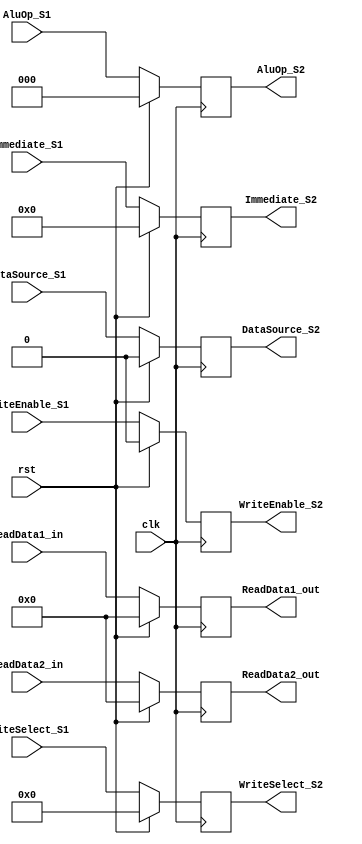
`timescale 1ns / 1ns
//////////////////////////////////////////////////////////////////////////////////
// Company: 
// Engineer: 
// 
// Design Name: 
// Module Name:    S2_Register 
// Project Name: 
// Target Devices: 
// Tool versions: 
// Description: 
//
// Dependencies: 
//
// Revision: 
// Revision 0.01 - File Created
// Additional Comments: 
//
//////////////////////////////////////////////////////////////////////////////////
module S2_Register(
   
	input clk, rst,
	input [31:0] ReadData1_in, ReadData2_in,
	input [15:0] Immediate_S1,
	input DataSource_S1, WriteEnable_S1,
	input [2:0] AluOp_S1,
	input [4:0] WriteSelect_S1,
	output reg [31:0] ReadData1_out, ReadData2_out,
	output reg [15:0] Immediate_S2,
	output reg DataSource_S2, WriteEnable_S2,
	output reg [2:0] AluOp_S2,
	output reg [4:0] WriteSelect_S2	 
);

	always@(posedge clk)
		begin
			if (rst)
				begin
					ReadData1_out  <= 32'd0;
					ReadData2_out  <= 32'd0;
					Immediate_S2   <= 16'd0;
					DataSource_S2  <= 1'b0;
					WriteEnable_S2 <= 1'b0;
					AluOp_S2       <= 3'd0;
					WriteSelect_S2 <= 5'd0;
            end
			else
				begin	
					ReadData1_out  <= ReadData1_in;
					ReadData2_out  <= ReadData2_in;
					Immediate_S2   <= Immediate_S1;
					DataSource_S2  <= DataSource_S1;
					WriteEnable_S2 <= WriteEnable_S1;
					AluOp_S2       <= AluOp_S1;
					WriteSelect_S2 <= WriteSelect_S1;
				end
			end

endmodule